Problem: 12 + 38 = ?
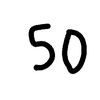
Handwritten answer: 50